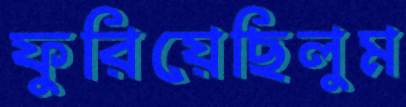
ফুরিয়েছিলুম